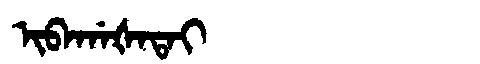
Manchu: ᡳᠪᠠᡤᠠᡧᠠᡨᠠᡳ
Romanization: IBAGAŠATAI